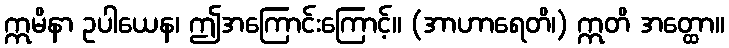
ဣမိနာ ဥပါယေန၊ ဤအကြောင်းကြောင့်။ (အာဟာရေတိ၊) ဣတိ အတ္ထော။